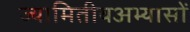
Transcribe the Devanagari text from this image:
ज्यामितीयअभ्यासों